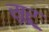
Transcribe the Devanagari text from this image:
सुरू